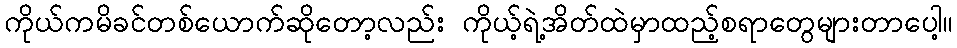
ကိုယ်ကမိခင်တစ်ယောက်ဆိုတော့လည်း ကိုယ့်ရဲ့အိတ်ထဲမှာထည့်စရာတွေများတာပေါ့။